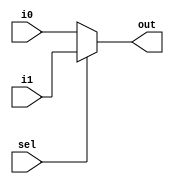
module Mux2x1 (
	
    i0,i1,out,sel
);

parameter n=32;
input [n-1:0] i0;  // Input data for '0' selector
input [n-1:0] i1;  // Input data for '1' selector
    input sel;        // Selection control (0 for 'i0', 1 for 'i1')
    output reg [n-1:0] out;  // Output data based on selection

    always @(*) begin
        if (sel) begin
            out = i1;  // When 'sel' is 1, output 'i1'
        end else begin
            out = i0;  // When 'sel' is 0, output 'i0'
        end
    end

endmodule